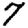
Digit: 7